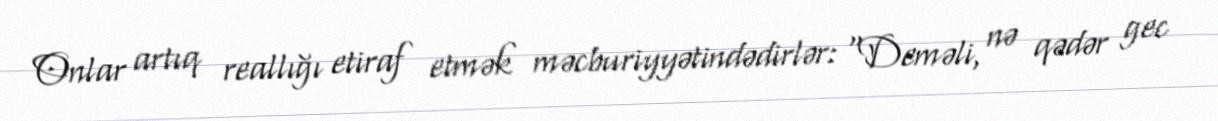
Onlar artıq reallığı etiraf etmək məcburiyyətindədirlər: “Deməli, nə qədər gec